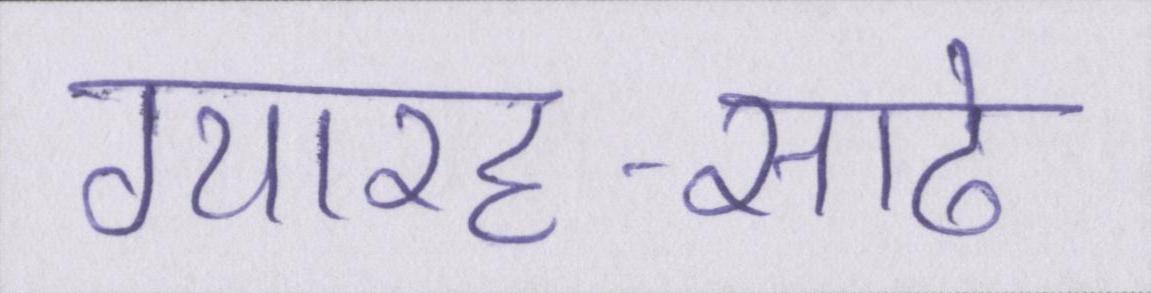
ग्यारह-साढे